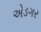
એડગર